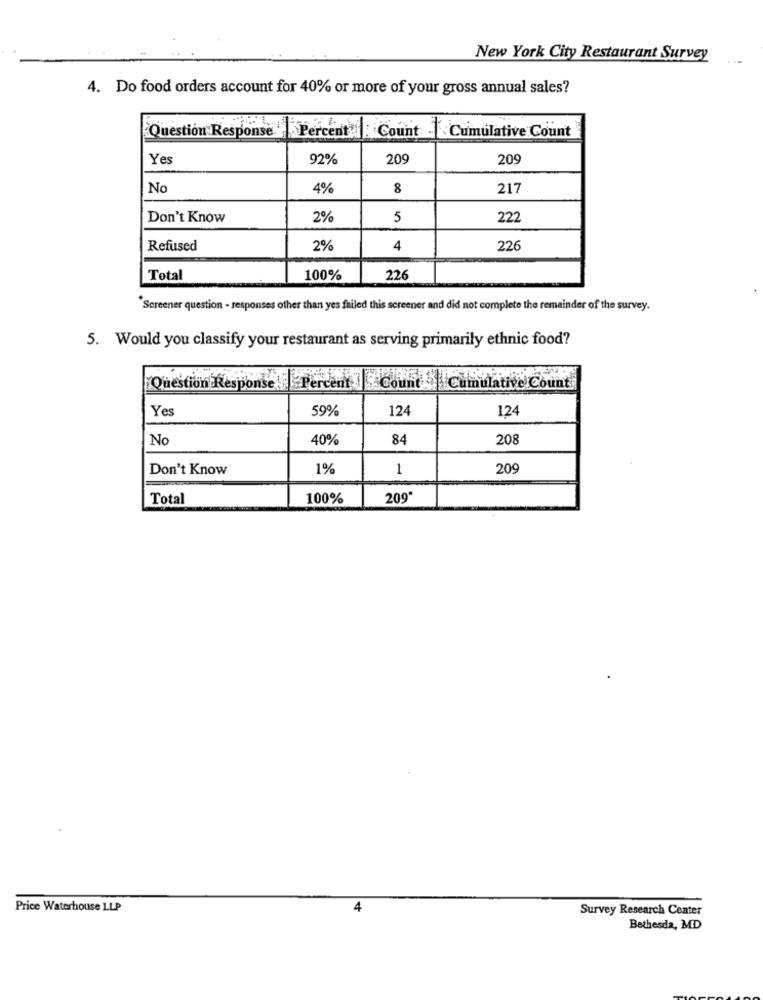
New York City Restaurant Survey
4. Do food orders account for 40% or more of your gross annual sales?
Question Response.
Percent :Count -Cumulative Count
Yes
92%
209
209
No
4%
8
217
Don't Know
2%
5
222
Refused
2%
4
226
Total
100%
226
Screener question - responses other than yes failed this screener and did not complete the remainder of the survey.
5. Would you classify your restaurant as serving primarily ethnic food?
Question R
on Response Percent Count Cumulative Count
Yes
59%
124
124
No
40%
84
208
Don't Know
1%
1
209
Total
100%
209*
Price Waterhouse LLP
4
Survey Research Center
Bethesda, MD